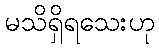
မသိရှိရသေးဟု